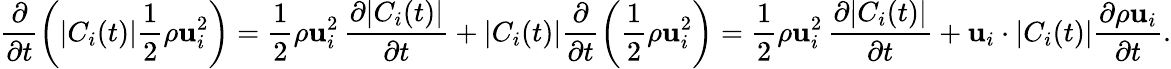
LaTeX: \frac{\partial}{\partial t}\left(|C_{i}(t)|\frac{1}{2}\rho\mathbf{u}_{i}^{2}\right)=\frac{1}{2}\rho\mathbf{u}_{i}^{2}\, \frac{\partial|C_{i}(t)|}{\partial t}+|C_{i}(t)|\frac{\partial}{\partial t}\left(\frac{1}{2}\rho\mathbf{u}_{i}^{2}\right)=\frac{1}{2}\rho\mathbf{u}_{i}^{2}\, \frac{\partial|C_{i}(t)|}{\partial t}+\mathbf{u}_{i}\cdot|C_{i}(t)|\frac{\partial\rho\mathbf{u}_{i}}{\partial t}.